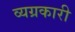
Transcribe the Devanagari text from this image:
व्यग्रकारी